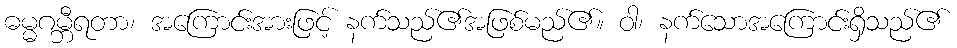
ဓမ္မဂမ္ဘီရတာ၊ အကြောင်းအားဖြင့် နက်သည်၏အဖြစ်မည်၏။ ဝါ၊ နက်သောအကြောင်းရှိသည်၏